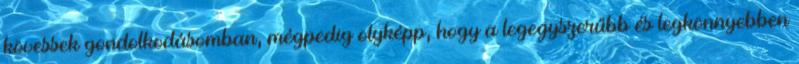
kövessek gondolkodásomban, mégpedig olyképp, hogy a legegyszerűbb és legkönnyebben